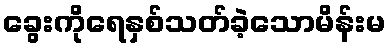
ခွေးကိုရေနှစ်သတ်ခဲ့သောမိန်းမ